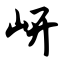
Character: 岍